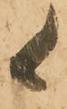
候